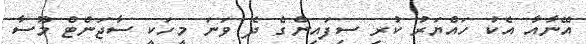
އޭނާއާ އެކު ހައްޔަރު ކުރި ސިފައިންގެ ދެ ވަނަ މީހަކީ ސާޖަންޓް މޫސާ